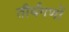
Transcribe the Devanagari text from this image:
तीर्थगणों